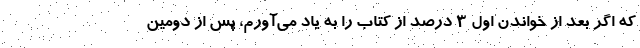
که اگر بعد از خواندن اول ۳ درصد از کتاب را به یاد می‌آورم، پس از دومین